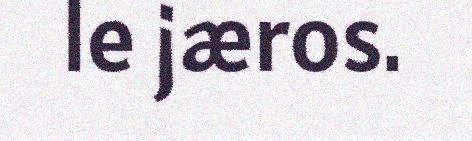
le jæros.